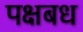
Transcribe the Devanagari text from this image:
पक्षबध